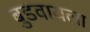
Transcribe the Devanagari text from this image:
बुडवायला